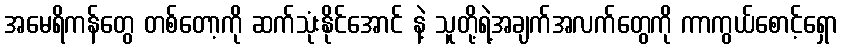
အမေရိကန်တွေ တစ်တော့ကို ဆက်သုံးနိုင်အောင် နဲ့ သူတို့ရဲ့အချက်အလက်တွေကို ကာကွယ်စောင့်ရှော